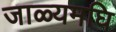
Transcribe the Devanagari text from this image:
जाळ्यमघि